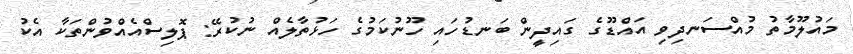
މައުލޫމާތު މުއްސަނދިވި އައްޑޫގެ ގައިދީން ބަނޑުހައި ހޫނުކަމުގެ ހަޅުތާލެއް ނުކުރޭ: ޕޮލިސްއެއްވުންތަކާ އެކު